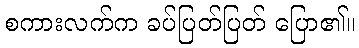
စကားလက်က ခပ်ပြတ်ပြတ် ပြော၏။